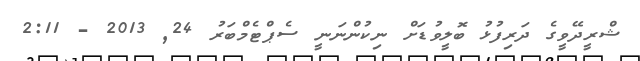
ޝްރީދޭވީގެ ދަރިފުޅު ބޮލީވުޑަށް ނިކުންނަނީ ސެޕްޓެމްބަރު 24